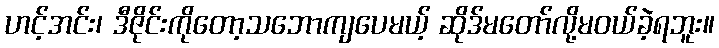
ဟင့်အင်း၊ ဒီဇိုင်းကိုတော့သဘောကျပေမယ့် ဆိုဒ်မတော်လို့မဝယ်ခဲ့ရဘူး။